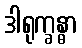
ဒါရုက္ခန္ဓာ